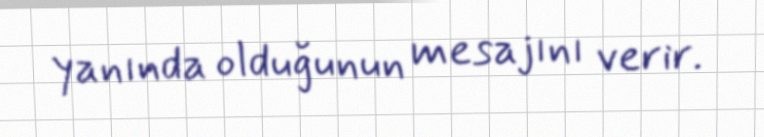
yanında olduğunun mesajını verir.